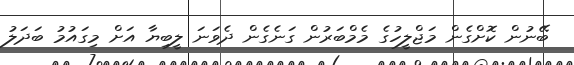
ބޭނުން ކޮށްގެން މަޖްލީހުގެ މެމްބަރުން ގަނެގެން ދެވަނަ ލީބިޔާ އަށް މިގައުމު ބަދަލު